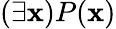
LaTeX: (\exists\mathbf{x})P(\mathbf{x})